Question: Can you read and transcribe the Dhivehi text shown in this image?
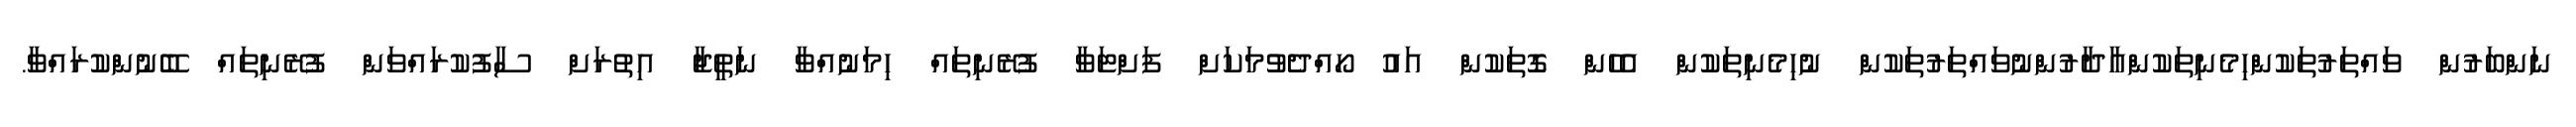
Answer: ނަންބަރުން ވައްތަރުތަކުންހިމެނިތަކުންއާދާރުންނުވައްތަރުތަކުން ނުހިމެނިތަކުން އެހެން ގޮތަކުން އައު ހޯއްދެވުމަކަށް ފަށްޓަވާ ފުރޭނިތައް ހިމަނުއްވާ ނަތީޖާ އިތުރަށް ސާފުކުރައްވަން ފުރޭނިތައް ބޭނުންކުރައްވާ.